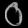
Digit: ၀